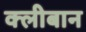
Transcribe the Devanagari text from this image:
क्लीबान